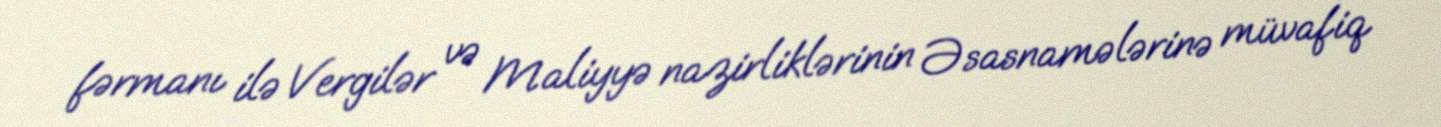
fərmanı ilə Vergilər və Maliyyə nazirliklərinin Əsasnamələrinə müvafiq